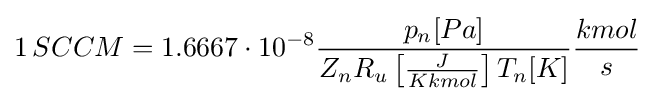
1\,SCCM=1.6667\cdot 10^{-8}{\frac {p_{n}[Pa]}{Z_{n}R_{u}\left[{\frac {J}{Kkmol}}\right]T_{n}[K]}}{\frac {kmol}{s}}